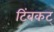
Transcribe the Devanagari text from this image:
टिंबकट्